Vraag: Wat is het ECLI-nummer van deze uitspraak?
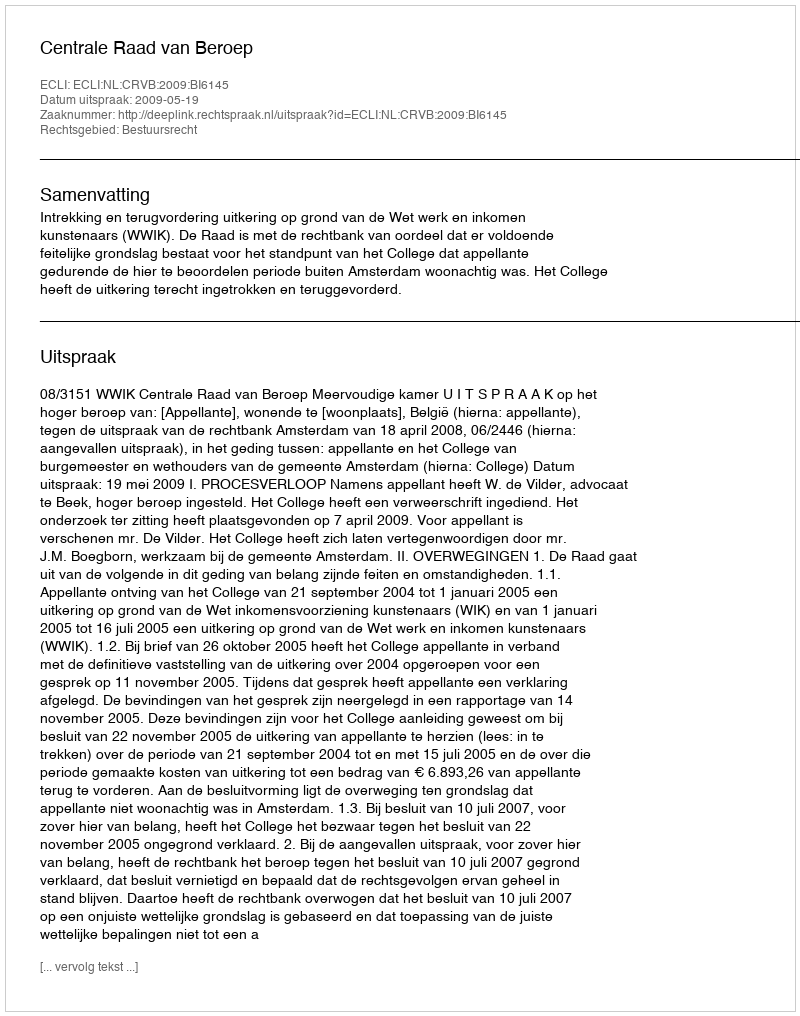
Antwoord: ECLI:NL:CRVB:2009:BI6145